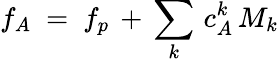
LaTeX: f_{A}\ =\ f_{p}\, +\, \sum_{k}\, c_{A}^{k}\, M_{k}